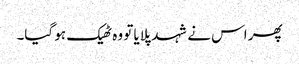
پھر اس نے شہد پلایا تو وہ ٹھیک ہو گیا۔